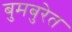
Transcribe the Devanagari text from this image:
बुमबुरेत